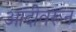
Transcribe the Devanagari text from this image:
आदीवरून